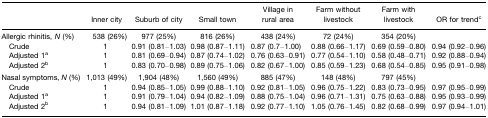
<table><thead><tr><td></td><td><b>Inner city</b></td><td><b>Suburb of city</b></td><td><b>Small town</b></td><td><b>Village in rural area</b></td><td><b>Farm without livestock</b></td><td><b>Farm with livestock</b></td><td><b>OR for trendc</b></td></tr></thead><tbody><tr><td>Allergic rhinitis, <i>N</i> (%)</td><td>538 (26%)</td><td>977 (25%)</td><td>816 (26%)</td><td>438 (24%)</td><td>72 (24%)</td><td>354 (20%)</td><td></td></tr><tr><td> Crude</td><td>1</td><td>0.91 (0.81–1.03)</td><td>0.98 (0.87–1.11)</td><td>0.87 (0.7–1.00)</td><td>0.88 (0.66–1.17)</td><td>0.69 (0.59–0.80)</td><td>0.94 (0.92–0.96)</td></tr><tr><td> Adjusted 1a</td><td>1</td><td>0.81 (0.69–0.94)</td><td>0.87 (0.74–1.02)</td><td>0.76 (0.63–0.91)</td><td>0.77 (0.54–1.10)</td><td>0.58 (0.48–0.71)</td><td>0.92 (0.88–0.94)</td></tr><tr><td> Adjusted 2b</td><td>1</td><td>0.83 (0.70–0.98)</td><td>0.89 (0.75–1.06)</td><td>0.82 (0.67–1.00)</td><td>0.85 (0.59–1.23)</td><td>0.68 (0.54–0.85)</td><td>0.95 (0.91–0.98)</td></tr><tr><td>Nasal symptoms, <i>N</i> (%)</td><td>1,013 (49%)</td><td>1,904 (48%)</td><td>1,560 (49%)</td><td>885 (47%)</td><td>148 (48%)</td><td>797 (45%)</td><td></td></tr><tr><td> Crude</td><td>1</td><td>0.94 (0.85–1.05)</td><td>0.99 (0.88–1.10)</td><td>0.92 (0.81–1.05)</td><td>0.96 (0.75–1.22)</td><td>0.83 (0.73–0.95)</td><td>0.97 (0.95–0.99)</td></tr><tr><td> Adjusted 1a</td><td>1</td><td>0.91 (0.79–1.04)</td><td>0.94 (0.82–1.09)</td><td>0.88 (0.75–1.04)</td><td>0.96 (0.71–1.31)</td><td>0.75 (0.63–0.88)</td><td>0.95 (0.93–0.99)</td></tr><tr><td> Adjusted 2b</td><td>1</td><td>0.94 (0.81–1.09)</td><td>1.01 (0.87–1.18)</td><td>0.92 (0.77–1.10)</td><td>1.05 (0.76–1.45)</td><td>0.82 (0.68–0.99)</td><td>0.97 (0.94–1.01)</td></tr></tbody></table>